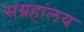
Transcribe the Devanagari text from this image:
सग्रहांलय